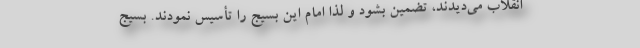
انقلاب می‌دیدند، تضمین بشود و لذا امام این بسیج را تأسیس نمودند. بسیج